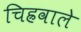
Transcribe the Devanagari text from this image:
चिह्रवाले